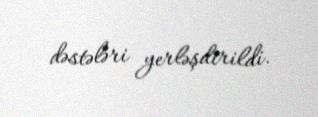
dəstələri yerləşdirildi.